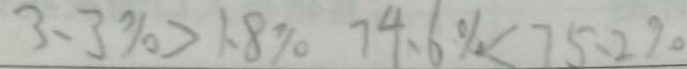
3 . 3 \% > 1 . 8 \% 7 4 . 6 \% < 7 5 . 2 \%